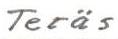
Teräs